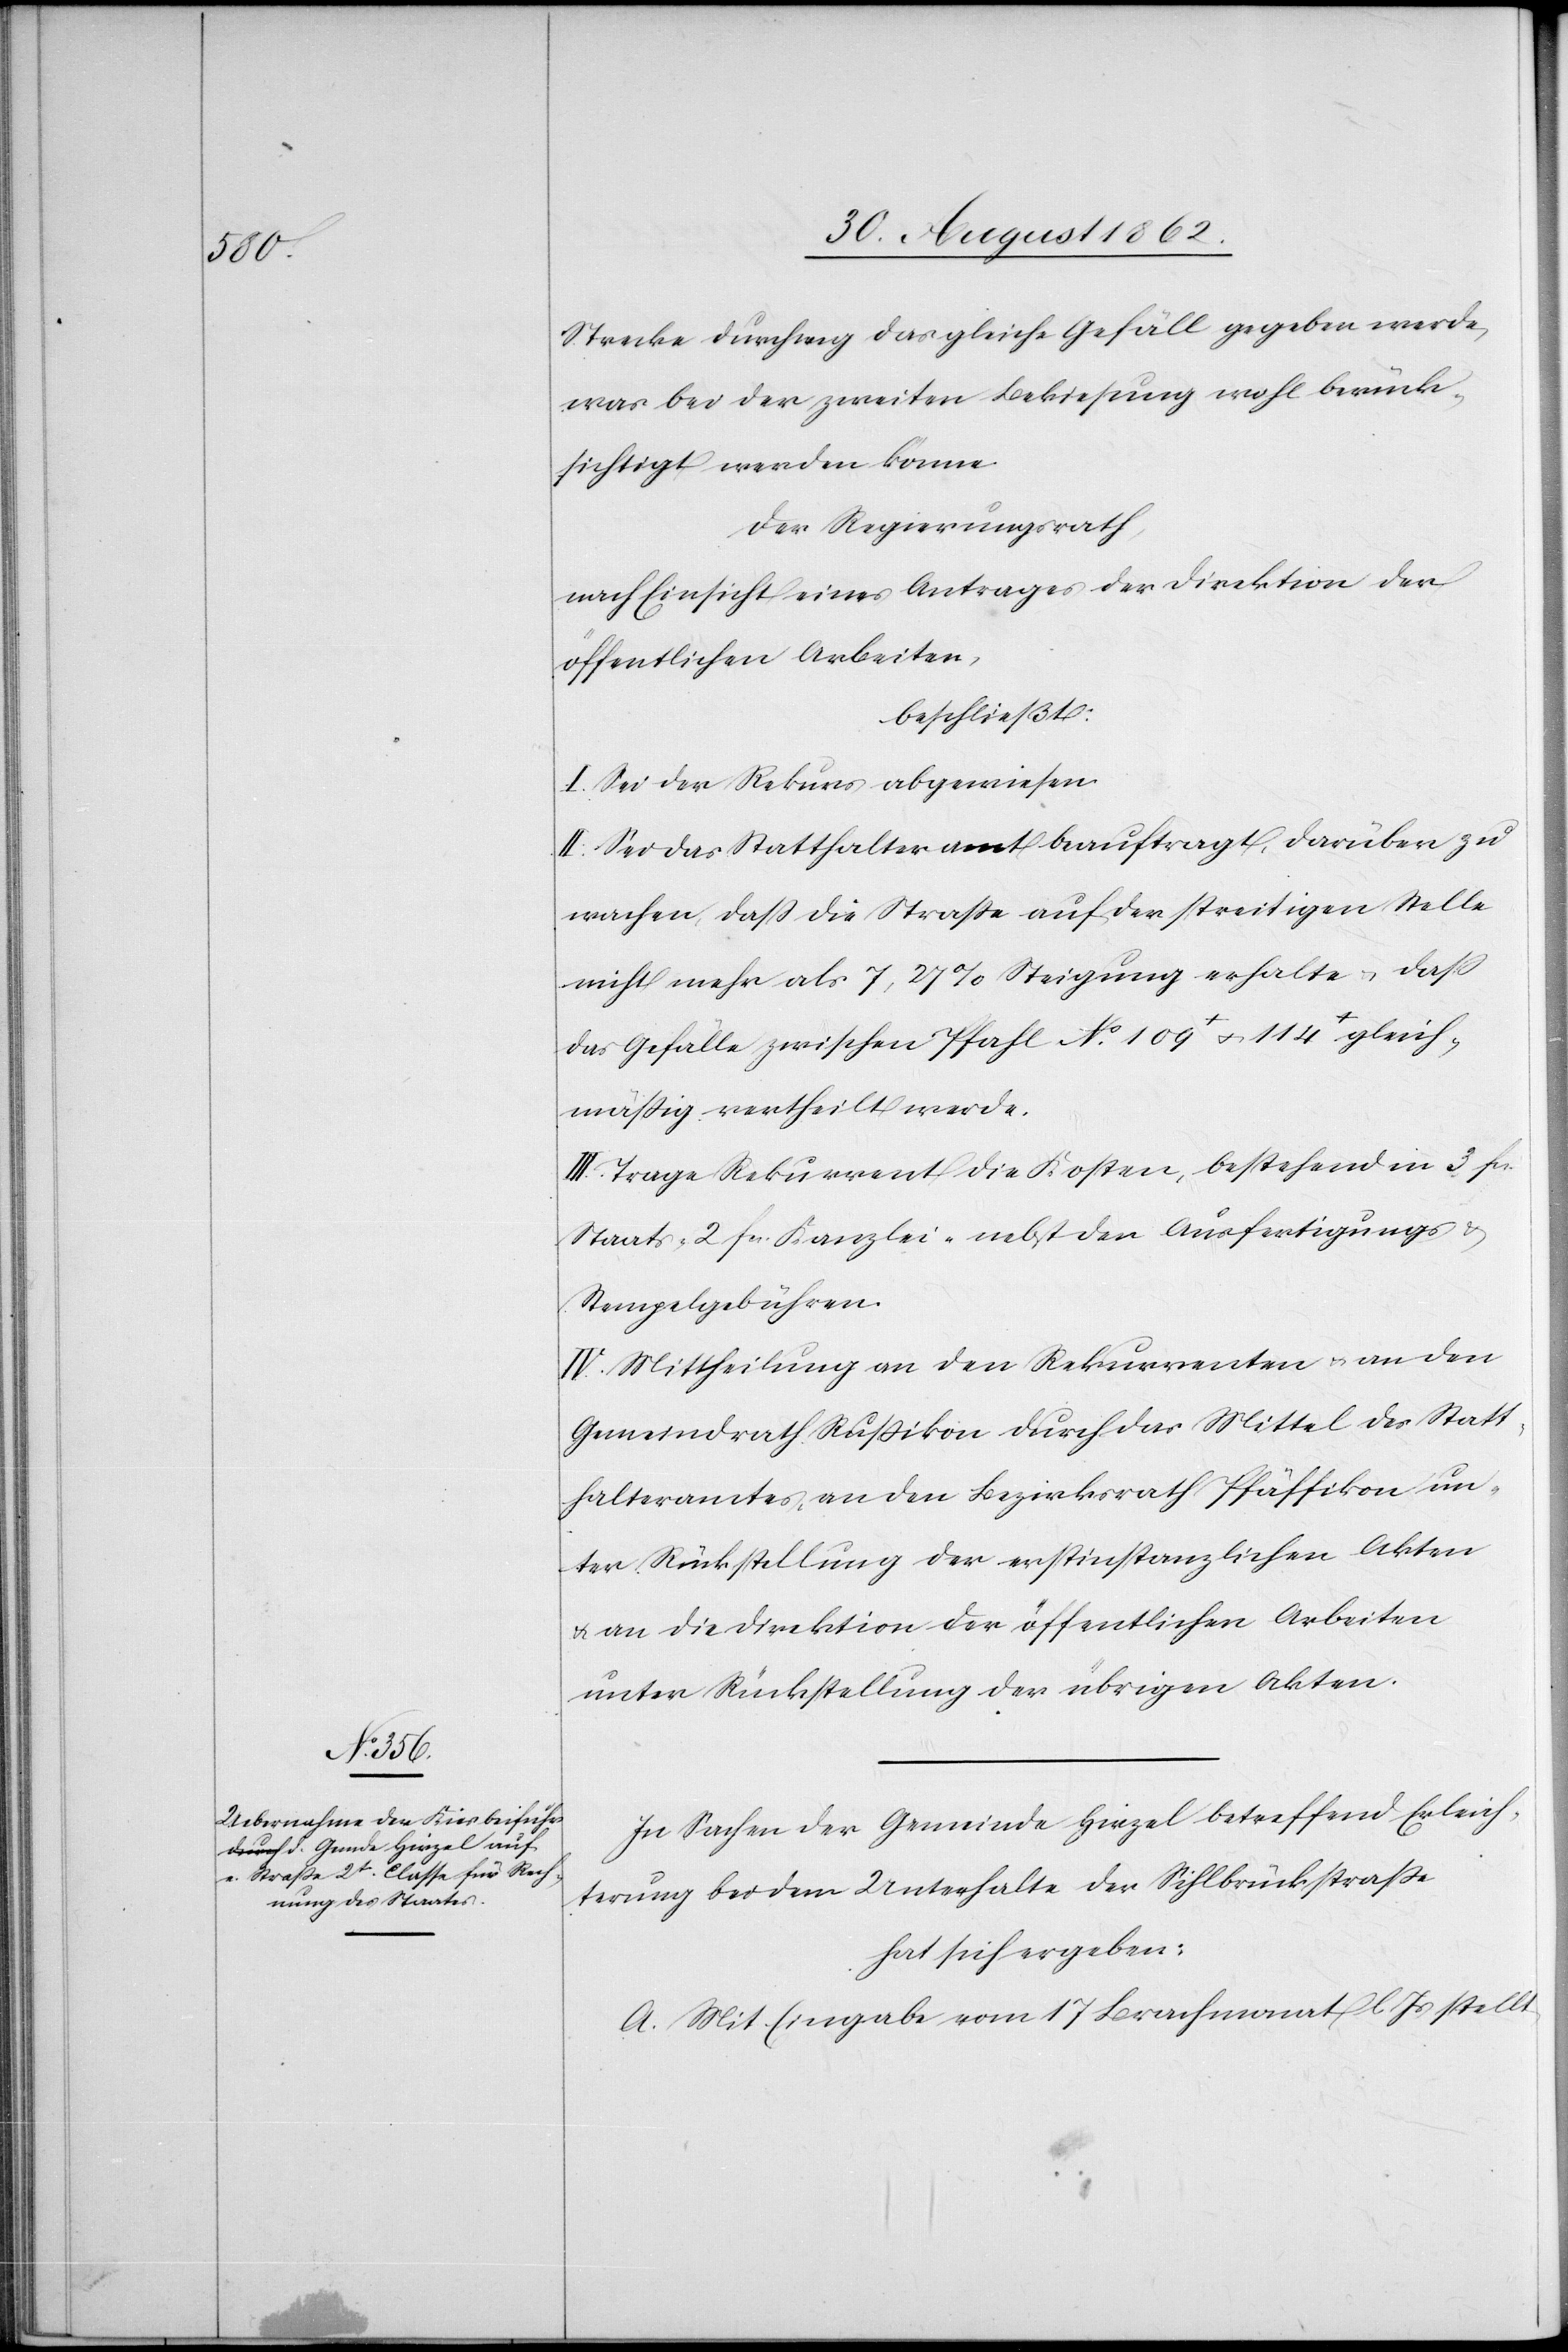
Strecke durchweg das gleiche Gefäll gegeben werde,
was bei der zweiten Bekiesung wohl berück¬
sichtigt werden könne.
Der Regierungsrath,
nach Einsicht eines Antrages der Direktion der
öffentlichen Arbeiten,
beschließt:
I. Sei der Rekurs abgewiesen.
II. Sei das Statthalteramt beauftragt, darüber zu
wachen, daß die Straße auf der streitigen Stelle
nicht mehr als 7,27% Steigung erhalte u. daß
das Gefälle zwischen Pfahl No 109+ u. 114+ gleich¬
mäßig vertheilt werde.
III. Trage Rekurrent die Kosten, bestehend in 3 fcs.
Staats- 2 fcs. Kanzlei- nebst den Ausfertigungs- u.
Stempelgebühren.
IV. Mittheilung an den Rekurrenten u. an den
Gemeindrath Rußikon durch das Mittel des Statt¬
halteramtes, an den Bezirksrath Pfäffikon un¬
ter Rückstellung der erstinstanzlichen Akten
u. an die Direktion der öffentlichen Arbeiten
unter Rückstellung der übrigen Akten.
In Sachen der Gemeinde Hirzel betreffend Erleich¬
terung bei dem Unterhalte der Sihlbrückstraße
hat sich ergeben:
A. Mit Eingabe vom 17. Brachmonat l. Js. stellt